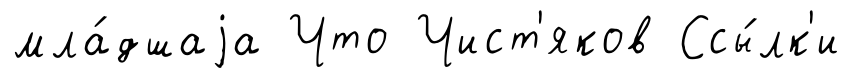
мла́дшаjа Что Чист'яков Ссы́лк'и